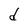
Character: d